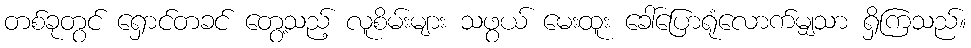
တစ်ခုတွင် ရှောင်တခင် တွေ့သည့် လူစိမ်းများ သဖွယ် မေးထူး ခေါ်ပြောရုံလောက်မျှသာ ရှိကြသည်။